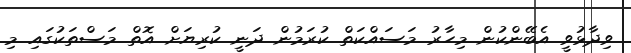
ވިދާޅުވީ އެބޭންކުން މިހާރު މަސައްކަތް ކުރަމުން ދަނީ ކުރިޔަށް އޮތް މަސްތަކުގައި މި